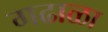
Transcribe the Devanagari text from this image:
गढाळा